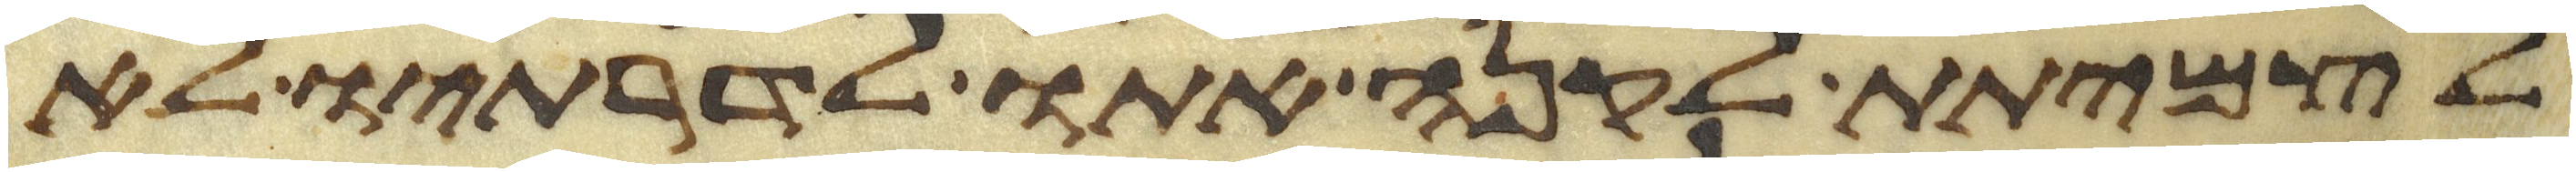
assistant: לצמיתת לקנה אתו לדרתיו לא